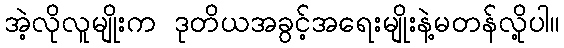
အဲ့လိုလူမျိုးက ဒုတိယအခွင့်အရေးမျိုးနဲ့မတန်လို့ပါ။